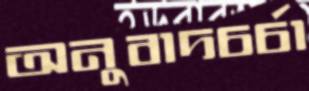
অনুবাদচর্চা